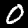
Label: 0